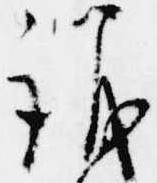
議